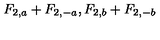
F _ { 2 , a } + F _ { 2 , - a } , F _ { 2 , b } + F _ { 2 , - b }